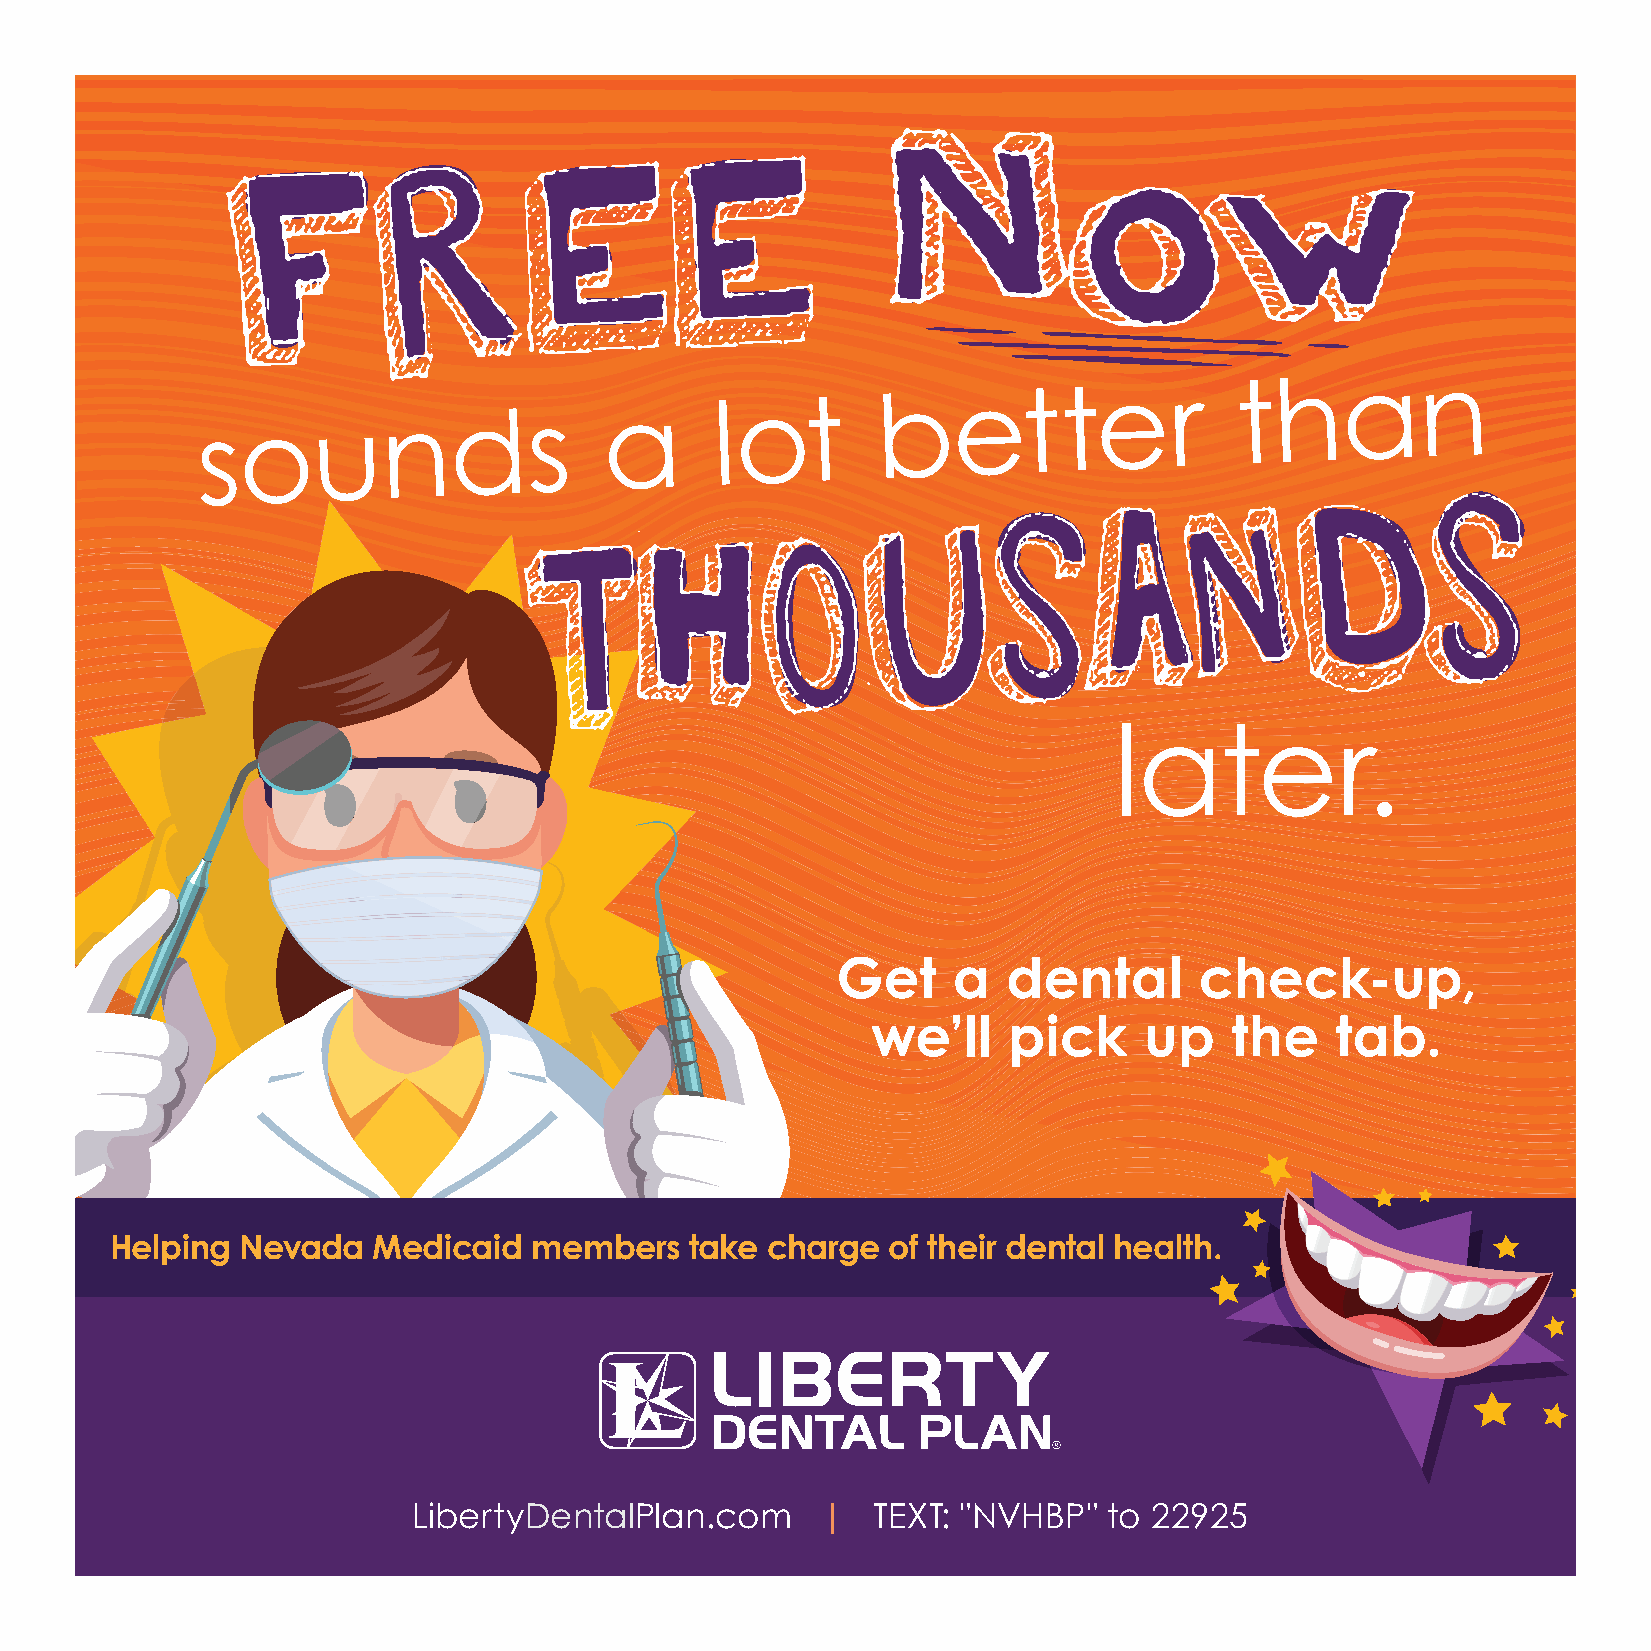
FREE
 sounds                     a
 lot
 better
 than
 THOUSANDS
 later.
 Get     a   dental      check-up,
 we’ll    pick     up   the    tab.
 Helping  Nevada   Medicaid  members    take charge  of their dental health.
 LibertyDentalPlan.com      |   TEXT: "NVHBP"  to 22925
 16 DECEMBER